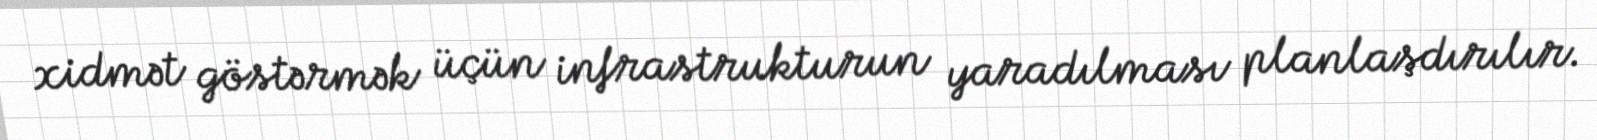
xidmət göstərmək üçün infrastrukturun yaradılması planlaşdırılır.